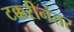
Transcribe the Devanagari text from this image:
टक्करीनंतर